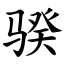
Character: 骙